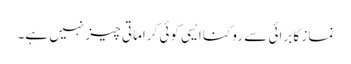
نماز کا برائی سے روکنا ایسی کوئی کراماتی چیز نہیں ہے۔